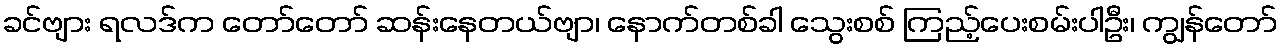
ခင်ဗျား ရလဒ်က တော်တော် ဆန်းနေတယ်ဗျာ၊ နောက်တစ်ခါ သွေးစစ် ကြည့်ပေးစမ်းပါဦး၊ ကျွန်တော်